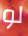
لو